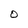
Character: O